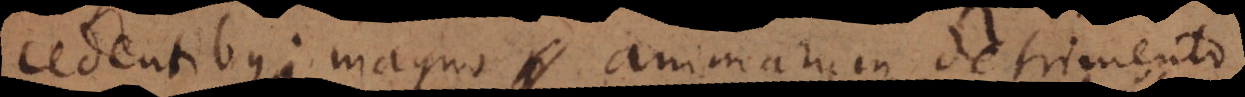
cedentibus; magno animarum detrimento